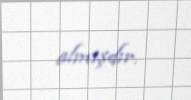
almışdır.